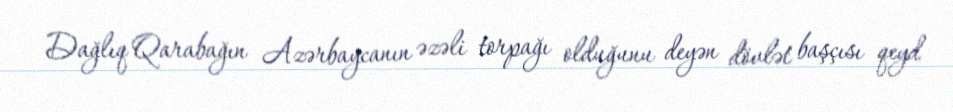
Dağlıq Qarabağın Azərbaycanın əzəli torpağı olduğunu deyən dövlət başçısı qeyd